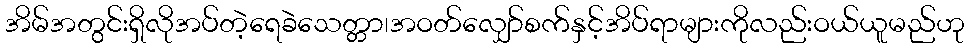
အိမ်အတွင်းရှိလိုအပ်တဲ့ရေခဲသေတ္တာ၊အဝတ်လျှော်စက်နှင့်အိပ်ရာများကိုလည်းဝယ်ယူမည်ဟု